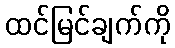
ထင်မြင်ချက်ကို